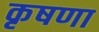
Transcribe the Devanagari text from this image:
कृषणा